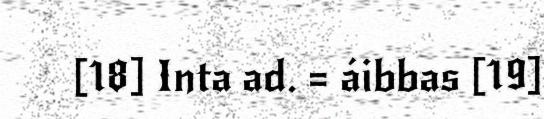
[18] Inta ad. = áibbas [19]